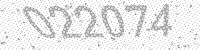
Solution: 022074